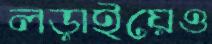
লড়াইয়েও